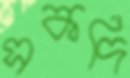
সকদি